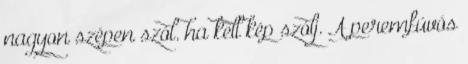
nagyon szépen szól. ha kell kép szólj. A peremfúvós